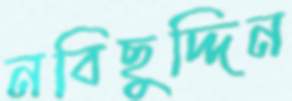
নবিছুদ্দিন